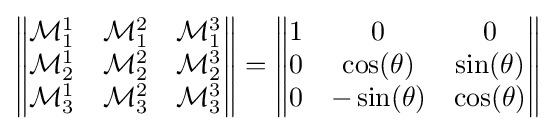
{\begin{Vmatrix}{\mathcal {M}}_{1}^{1}&{\mathcal {M}}_{1}^{2}&{\mathcal {M}}_{1}^{3}\\{\mathcal {M}}_{2}^{1}&{\mathcal {M}}_{2}^{2}&{\mathcal {M}}_{2}^{3}\\{\mathcal {M}}_{3}^{1}&{\mathcal {M}}_{3}^{2}&{\mathcal {M}}_{3}^{3}\end{Vmatrix}}={\begin{Vmatrix}1&0&0\\0&\cos(\theta )&\sin(\theta )\\0&-\sin(\theta )&\cos(\theta )\end{Vmatrix}}